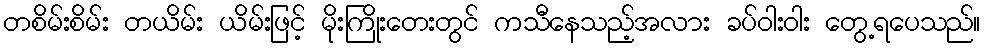
တစိမ်းစိမ်း တယိမ်း ယိမ်းဖြင့် မိုးကြိုးတေးတွင် ကသီနေသည့်အလား ခပ်ဝါးဝါး တွေ့ရပေသည်။